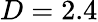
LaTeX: D=2.4